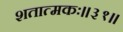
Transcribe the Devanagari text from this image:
शतात्मकः॥३१॥